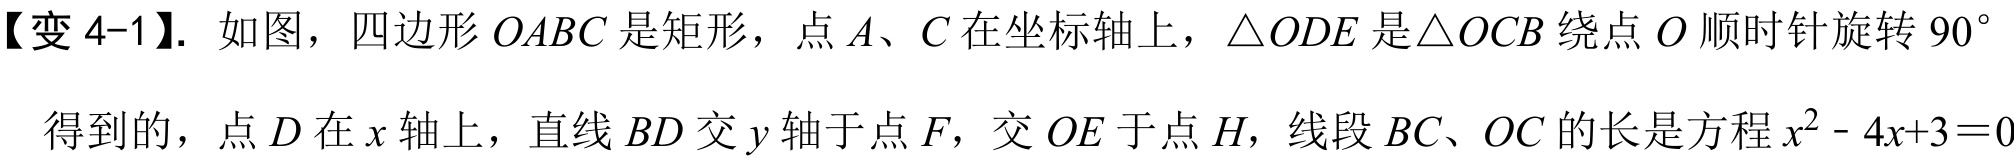
【变 4-1】. 如图，四边形 \(OABC\) 是矩形，点 \(A、C\) 在坐标轴上，\(\triangle ODE\) 是\(\triangle OCB\) 绕点 \(O\) 顺时针旋转 \(90^{\circ}\)
得到的，点 \(D\) 在 \(x\) 轴上，直线 \(BD\) 交 \(y\) 轴于点 \(F\)，交 \(OE\) 于点 \(H\)，线段 \(BC、OC\) 的长是方程 \(x^{2}-4x + 3=0\)